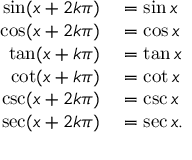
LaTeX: \begin{array} { r l } { \sin ( x + 2 k \pi ) } & { { } = \sin x } \\ { \cos ( x + 2 k \pi ) } & { { } = \cos x } \\ { \tan ( x + k \pi ) } & { { } = \tan x } \\ { \cot ( x + k \pi ) } & { { } = \cot x } \\ { \csc ( x + 2 k \pi ) } & { { } = \csc x } \\ { \sec ( x + 2 k \pi ) } & { { } = \sec x . } \end{array}